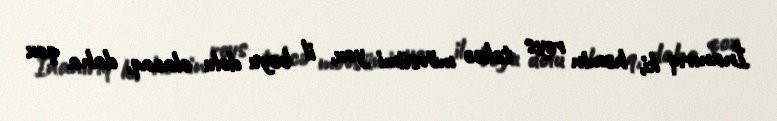
İnanırıq ki, həmin reys təkcə mövsümi yox, il boyu dolu olacaq, daha çox